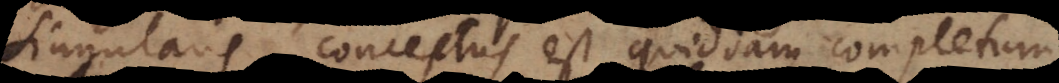
singularis conceptus est quiddam completum,